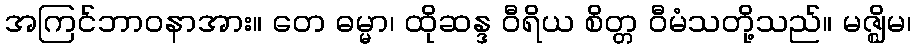
အကြင်ဘာဝနာအား။ တေ ဓမ္မာ၊ ထိုဆန္ဒ ဝီရိယ စိတ္တ ဝီမံသတို့သည်။ မဇ္ဈိမ၊